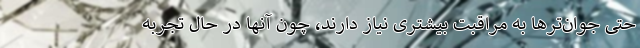
حتی جوان‌ترها به مراقبت بیشتری نیاز دارند، چون آنها در حال تجربه